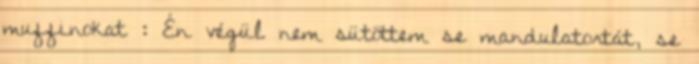
muffinokat : Én végül nem sütöttem se mandulatortát, se